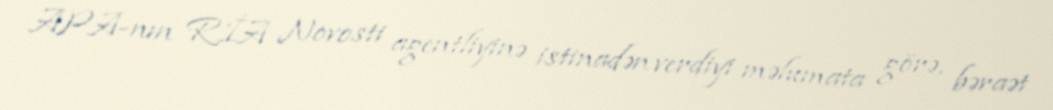
APA-nın RİA Novosti agentliyinə istinadən verdiyi məlumata görə, bəraət